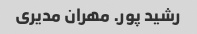
رشید پور. مهران مدیری